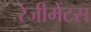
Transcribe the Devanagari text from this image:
रेजीमेंटस